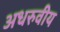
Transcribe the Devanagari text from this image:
अधरुवीय